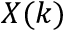
X ( k )